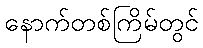
နောက်တစ်ကြိမ်တွင်